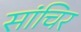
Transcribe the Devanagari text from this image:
सांचिर